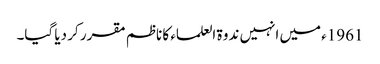
1961ء میں انہیں ندوۃ العلماء کا ناظم مقرر کر دیا گیا۔